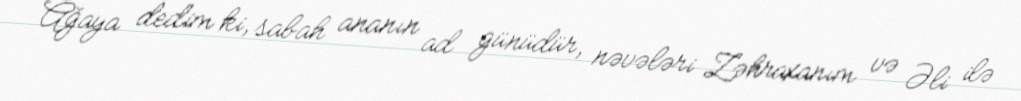
Ağaya dedim ki, sabah ananın ad günüdür, nəvələri Zəhraxanım və Əli ilə